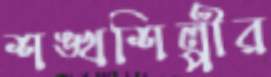
শঙ্খশিল্পীর